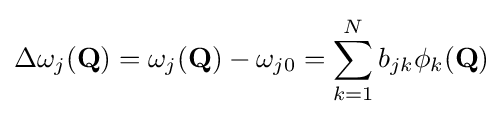
\Delta \omega _{j}({\mathbf {Q} })=\omega _{j}({\mathbf {Q} })-\omega _{j0}=\sum _{k=1}^{N}b_{jk}\phi _{k}({\mathbf {Q} })